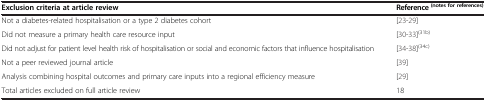
<table><thead><tr><td><b>Exclusion criteria at article review</b></td><td><b>Reference<sup>(notes for references)</sup></b></td></tr></thead><tbody><tr><td>Not a diabetes-related hospitalisation or a type 2 diabetes cohort</td><td>[23-29]</td></tr><tr><td>Did not measure a primary health care resource input</td><td>[30-33]<sup>(31b)</sup></td></tr><tr><td>Did not adjust for patient level health risk of hospitalisation or social and economic factors that influence hospitalisation</td><td>[34-38]<sup>(34c)</sup></td></tr><tr><td>Not a peer reviewed journal article</td><td>[39]</td></tr><tr><td>Analysis combining hospital outcomes and primary care inputs into a regional efficiency measure</td><td>[29]</td></tr><tr><td>Total articles excluded on full article review</td><td>18</td></tr></tbody></table>